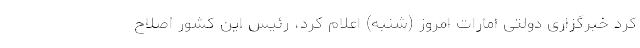
کرد خبرگزاری دولتی امارات امروز (شنبه) اعلام کرد، رئیس این کشور اصلاح